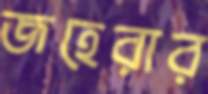
জহেরার